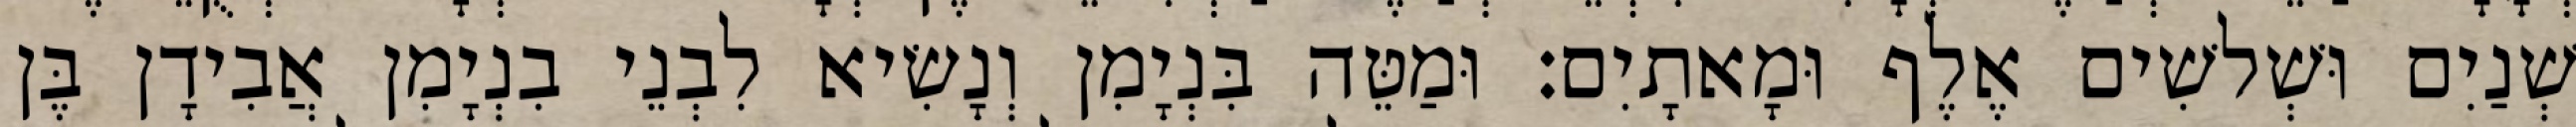
שְׁנַיִם וּשְׁלשִׁים אֶלֶף וּמָאתָיִם׃ וּמַטֵּה בִּנְיָמִן וְנָשִׂיא לִבְנֵי בִנְיָמִן אֲבִידָן בֶּן